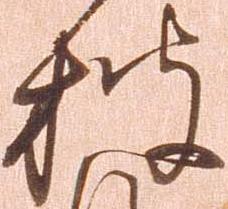
披